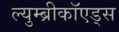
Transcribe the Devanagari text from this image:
ल्युम्ब्रीकॉएड्स